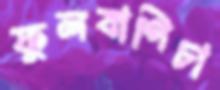
ফুলবাগিচা